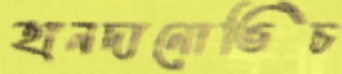
হানদানোভিচ